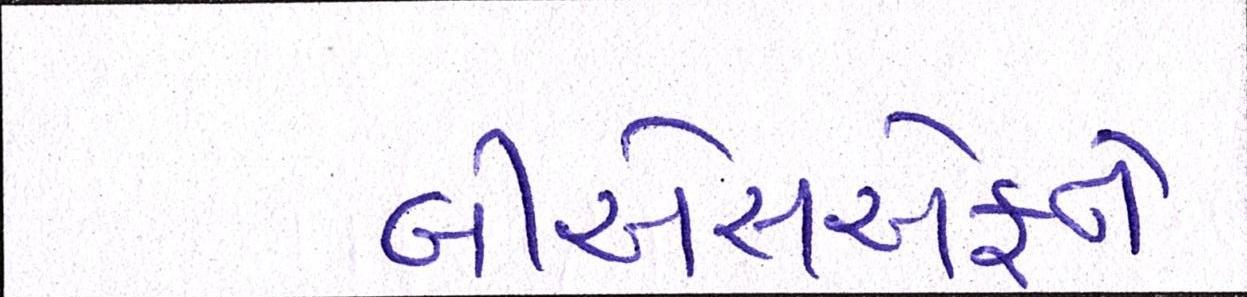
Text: બીએસએફને